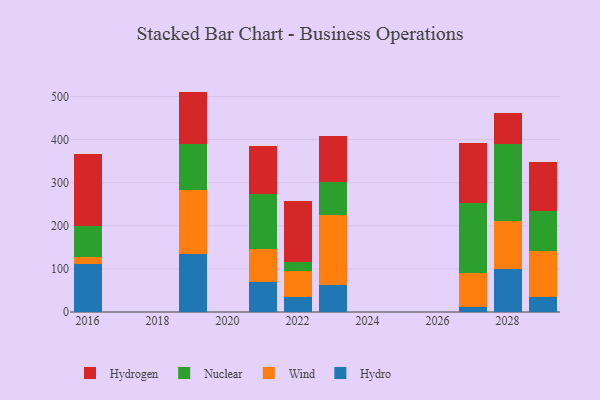
{"axis": {"x": "Year", "y": "Net Income (USD K)"}, "legend": ["Hydro", "Hydrogen", "Nuclear", "Wind"], "data": [{"x": "2021", "y": 68.5, "type": "Hydro"}, {"x": "2021", "y": 77.4, "type": "Wind"}, {"x": "2021", "y": 127.1, "type": "Nuclear"}, {"x": "2021", "y": 111.6, "type": "Hydrogen"}, {"x": "2019", "y": 134.1, "type": "Hydro"}, {"x": "2019", "y": 149.7, "type": "Wind"}, {"x": "2019", "y": 104.8, "type": "Nuclear"}, {"x": "2019", "y": 122.6, "type": "Hydrogen"}, {"x": "2027", "y": 12.0, "type": "Hydro"}, {"x": "2027", "y": 78.1, "type": "Wind"}, {"x": "2027", "y": 162.9, "type": "Nuclear"}, {"x": "2027", "y": 138.6, "type": "Hydrogen"}, {"x": "2023", "y": 63.7, "type": "Hydro"}, {"x": "2023", "y": 160.4, "type": "Wind"}, {"x": "2023", "y": 77.0, "type": "Nuclear"}, {"x": "2023", "y": 108.1, "type": "Hydrogen"}, {"x": "2016", "y": 110.7, "type": "Hydro"}, {"x": "2016", "y": 17.1, "type": "Wind"}, {"x": "2016", "y": 71.2, "type": "Nuclear"}, {"x": "2016", "y": 166.6, "type": "Hydrogen"}, {"x": "2022", "y": 35.4, "type": "Hydro"}, {"x": "2022", "y": 58.8, "type": "Wind"}, {"x": "2022", "y": 20.8, "type": "Nuclear"}, {"x": "2022", "y": 141.5, "type": "Hydrogen"}, {"x": "2029", "y": 34.0, "type": "Hydro"}, {"x": "2029", "y": 107.8, "type": "Wind"}, {"x": "2029", "y": 93.0, "type": "Nuclear"}, {"x": "2029", "y": 112.5, "type": "Hydrogen"}, {"x": "2028", "y": 98.6, "type": "Hydro"}, {"x": "2028", "y": 112.5, "type": "Wind"}, {"x": "2028", "y": 178.5, "type": "Nuclear"}, {"x": "2028", "y": 72.5, "type": "Hydrogen"}]}